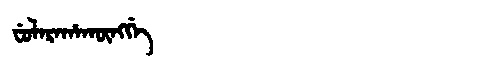
Manchu: ᠸᡠᠯᠠᡵᠠᡥᠠᡴᡡᠩᡤᡝ
Romanization: FULARAHAKŪNGGE